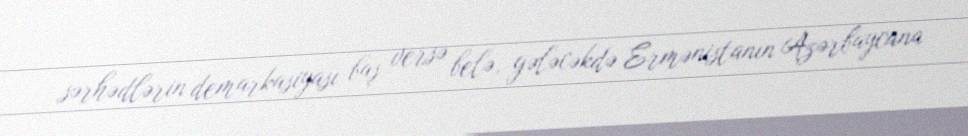
sərhədlərin demarkasiyası baş versə belə, gələcəkdə Ermənistanın Azərbaycana